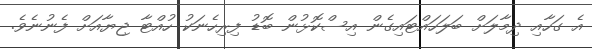
އެ ގަހާއި ދިމާލަށް ބަލަހައްޓައިގެން އިސްކޮޅުން ބޮޑު ފިރިހެނަކު ހުއްޓާ ޖިޔާއަށް ފެނުނެވެ.